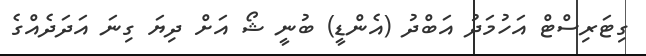
ގިޓަރިސްޓް އަހުމަދު އަބްދު (އެންޑީ) ބުނީ ޝޯ އަށް ދިޔަ ގިނަ އަދަދެއްގެ